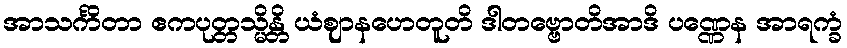
အာသင်္ကိတာ ဧကပုတ္တသ္မိန္တိ ယံဈာနဟေတူတိ ဒါတဗ္ဗောတိအာဒိ ပဏ္ဏေန အာရက္ခံ